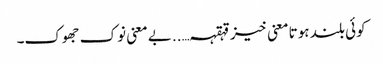
کوئی بلند ہوتا معنی خیز قہقہہ…..بے معنی نوک جھوک۔